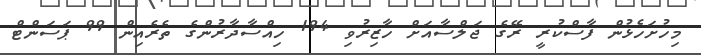
މިހުށަހެޅުން ފާސްކުރީ ރޭގެ ޖަލްސާއަށް ހާޒިރުވި 194 ހިއްސާދާރުންގެ ތެރެއިން 99 ޕަސަންޓް